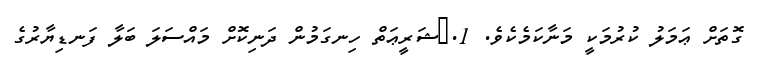
ގޮތަށް ޢަމަލު ކުރުމަކީ މަނާކަމެކެވެ. 1.	ޝަރީޢަތް ހިނގަމުން ދަނިކޮށް މައްސަލަ ބަލާ ފަނޑިޔާރުގެ